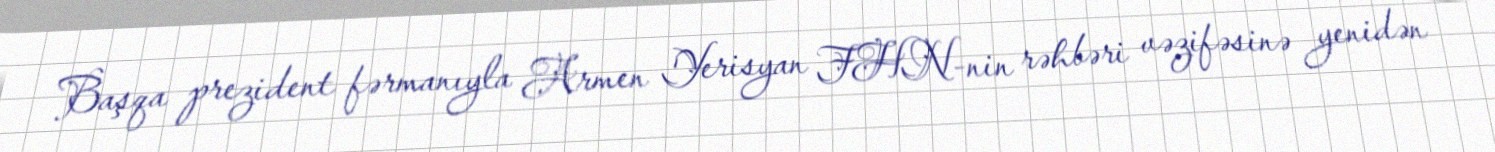
Başqa prezident fərmanıyla Armen Yerisyan FHN-nin rəhbəri vəzifəsinə yenidən